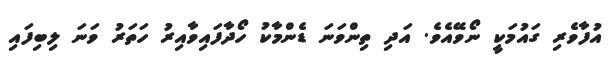
އުފާވެރި ގައުމަކީ ނޯވޭއެވެ. އަދި ތިންވަނަ ޑެންމާކު ހޯދާފައިވާއިރު ހަތަރު ވަނަ ލިބިފައި